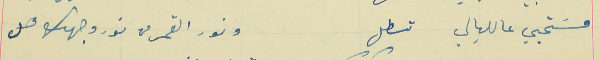
مسَتحيي عالليالي تطل                                          ونور القمر من نور وجهك هل